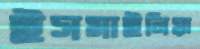
ইসমাইলিয়া